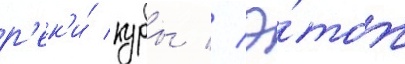
р'ек'и́ куры // Э́тот